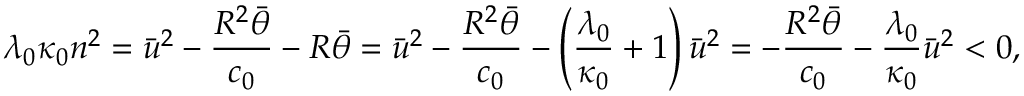
\lambda _ { 0 } \kappa _ { 0 } n ^ { 2 } = \bar { u } ^ { 2 } - \frac { R ^ { 2 } \bar { \theta } } { c _ { 0 } } - R \bar { \theta } = \bar { u } ^ { 2 } - \frac { R ^ { 2 } \bar { \theta } } { c _ { 0 } } - \left( \frac { \lambda _ { 0 } } { \kappa _ { 0 } } + 1 \right) \bar { u } ^ { 2 } = - \frac { R ^ { 2 } \bar { \theta } } { c _ { 0 } } - \frac { \lambda _ { 0 } } { \kappa _ { 0 } } \bar { u } ^ { 2 } < 0 ,